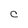
Character: C